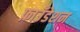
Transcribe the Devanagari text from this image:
फ़ाउँडेशन